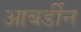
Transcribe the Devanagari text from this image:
आबर्डीन